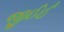
જીઈઈ